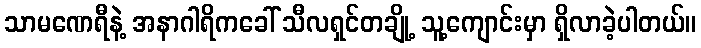
သာမဏေရီနဲ့ အနာဂါရိကခေါ် သီလရှင်တချို့ သူ့ကျောင်းမှာ ရှိလာခဲ့ပါတယ်။